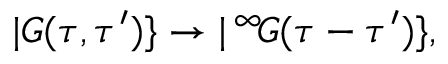
| G ( \tau , \tau ^ { \prime } ) \} \to | \, ^ { \infty } \! G ( \tau - \tau ^ { \prime } ) \} ,